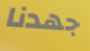
جهدنا